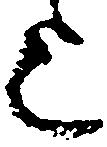
上